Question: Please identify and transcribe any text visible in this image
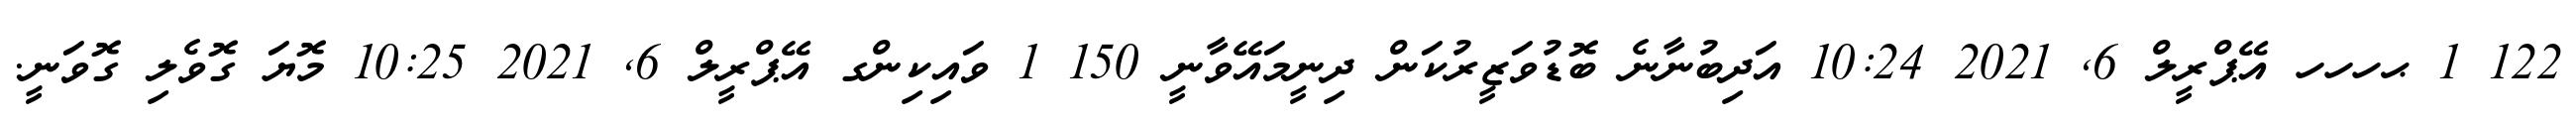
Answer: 122 1 ޙހހހ އޭޕްރީލް 6, 2021 10:24 އަދިބުނާނެ ބޮޑުވަޒީރުކަން ދިނީމައޭވާނީ 150 1 ވައިކިންގ އޭޕްރީލް 6, 2021 10:25 މޮޔަ ގޮވެލި ގޮވަނީ.